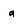
Character: a